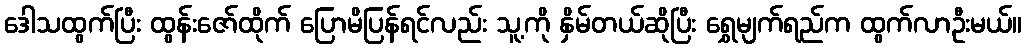
ဒေါသထွက်ပြီး ထွန်းဇော်ထိုက် ပြောမိပြန်ရင်လည်း သူ့ကို နှိမ်တယ်ဆိုပြီး ရွှေမျက်ရည်က ထွက်လာဦးမယ်။